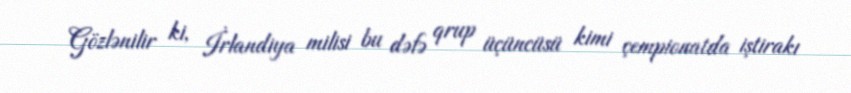
Gözlənilir ki, İrlandiya milisi bu dəfə qrup üçüncüsü kimi çempionatda iştirakı